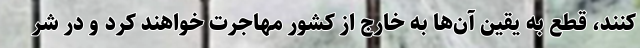
کنند، قطع به یقین آن‌ها به خارج از کشور مهاجرت خواهند کرد و در شر